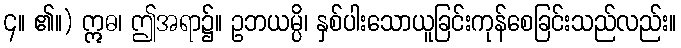
၄။ ၏။) ဣဓ၊ ဤအရာ၌။ ဥဘယမ္ပိ၊ နှစ်ပါးသောယူခြင်းကုန်စေခြင်းသည်လည်း။